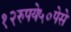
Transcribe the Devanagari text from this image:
१२रुपये५०पेसे